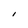
Character: I